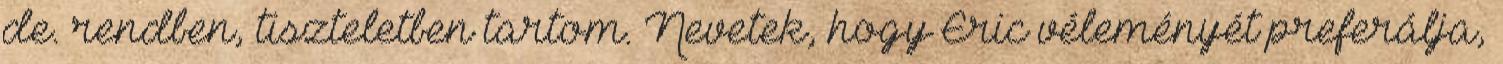
de. rendben, tiszteletben tartom. Nevetek, hogy Eric véleményét preferálja,